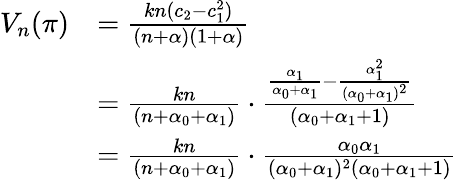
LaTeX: \begin{array}{rl}{V_{n}(\pi)}&{=\frac{kn(c_{2}-c_{1}^{2})}{(n+\alpha)(1+\alpha)}}\\ &{=\frac{kn}{(n+\alpha_{0}+\alpha_{1})}\cdot\frac{\frac{\alpha_{1}}{\alpha_{0}+\alpha_{1}}-\frac{\alpha_{1}^{2}}{(\alpha_{0}+\alpha_{1})^{2}}}{(\alpha_{0}+\alpha_{1}+1)}}\\ &{=\frac{kn}{(n+\alpha_{0}+\alpha_{1})}\cdot\frac{\alpha_{0}\alpha_{1}}{(\alpha_{0}+\alpha_{1})^{2}(\alpha_{0}+\alpha_{1}+1)}}\end{array}